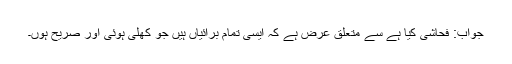
جواب: فحاشی کیا ہے سے متعلق عرض ہے کہ ایسی تمام برائیاں ہیں جو کھلی ہوئی اور صریح ہوں۔